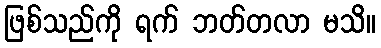
ဖြစ်သည်ကို ရက် ဘတ်တလာ မသိ။